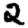
Digit: 2